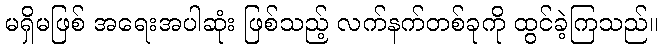
မရှိမဖြစ် အရေးအပါဆုံး ဖြစ်သည့် လက်နက်တစ်ခုကို ထွင်ခဲ့ကြသည်။